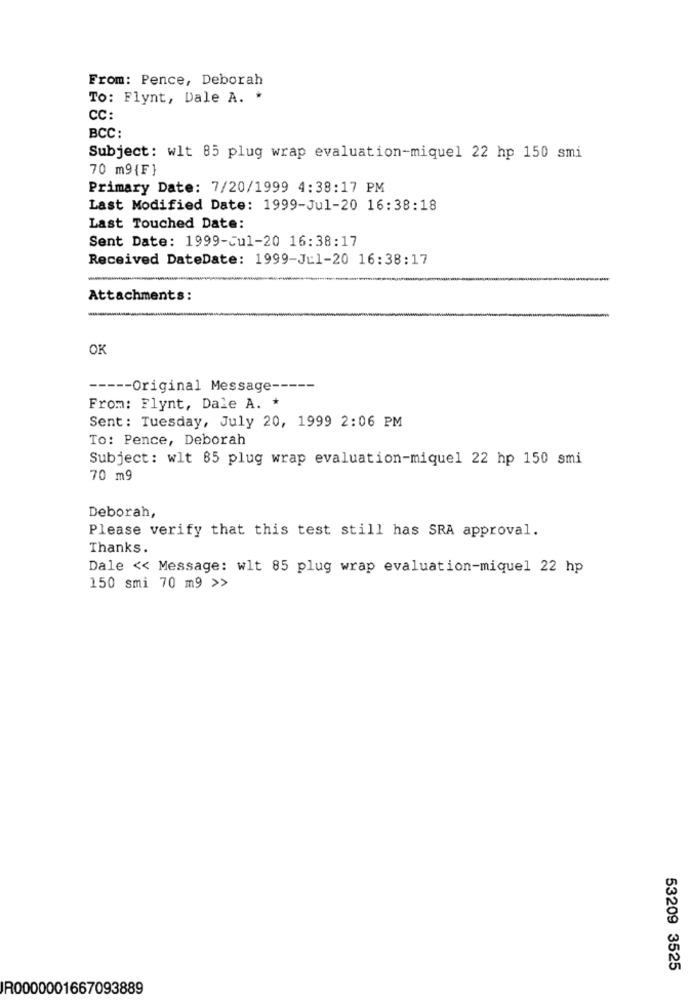
From: Pence, Deborah
To: Flynt, Dale A. *
CC:
BCC:
Subject: wlt 85 plug wrap evaluation-miquel 22 hp 150 smi
70 m9{F}
Primary Date: 7/20/1999 4:38:17 PM
Last Modified Date: 1999-Jul-20 16:38:18
Last Touched Date:
Sent Date: 1999-Jul-20 16:38:17
Received DateDate: 1999-Jul-20 16:38:17
Attachments:
OK
----- Original Message -----
From: Flynt, Dale A. *
Sent: Tuesday, July 20, 1999 2:06 PM
To: Pence, Deborah
Subject: wlt 85 plug wrap evaluation-miquel 22 hp 150 smi
70 m9
Deborah,
Please verify that this test still has SRA approval.
Thanks.
Dale << Message: wlt 85 plug wrap evaluation-miquel 22 hp
150 smi 70 m9 >>
53209 3525
R0000001667093889